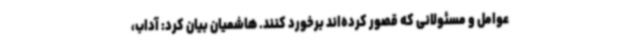
عوامل و مسئولانی که قصور کرده‌اند برخورد کنند. هاشمیان بیان کرد: آداب،